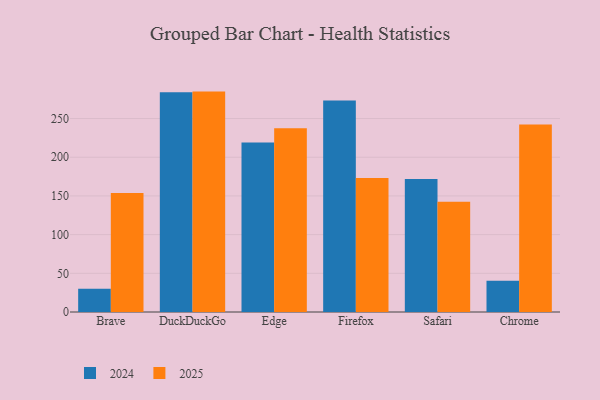
{"axis": {"x": "Browser", "y": "Website Visitors"}, "legend": ["2024", "2025"], "data": [{"x": "Brave", "y": 153.8, "type": "2025"}, {"x": "Brave", "y": 30.2, "type": "2024"}, {"x": "DuckDuckGo", "y": 284.8, "type": "2025"}, {"x": "DuckDuckGo", "y": 283.8, "type": "2024"}, {"x": "Edge", "y": 237.5, "type": "2025"}, {"x": "Edge", "y": 219.0, "type": "2024"}, {"x": "Firefox", "y": 173.0, "type": "2025"}, {"x": "Firefox", "y": 273.2, "type": "2024"}, {"x": "Safari", "y": 142.6, "type": "2025"}, {"x": "Safari", "y": 171.8, "type": "2024"}, {"x": "Chrome", "y": 242.4, "type": "2025"}, {"x": "Chrome", "y": 40.4, "type": "2024"}]}